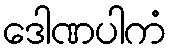
ဒေါဏပါကံ